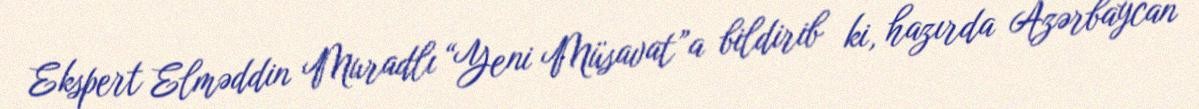
Ekspert Elməddin Muradlı “Yeni Müsavat”a bildirib ki, hazırda Azərbaycan